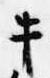
牛